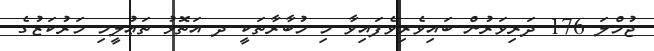
ޖުމްލަ 176 ދަރިވަރުން ބައިވެރިވެފައިވާ މި މުބާރާތަކީ ދ އަތޮޅު ތަޢުލީމި މަރުކަޒުގެ